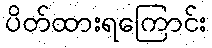
ပိတ်ထားရကြောင်း